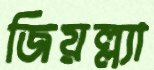
জিয়ল্ল্যা